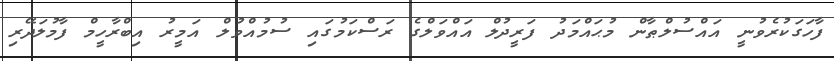
ފާހަގަކުރެވުނީ އައްސުލްޠާން މުޙައްމަދު ފަރީދުލް އައްވަލްގެ ރަސްކަމުގައި ސުމުއްވުލް އަމީރު އިބްރާހީމް ފާމުލަދޭރި